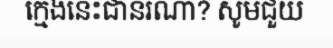
ក្មេងនេះជានរណា? សូមជួយ